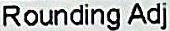
ROUNDING ADJ